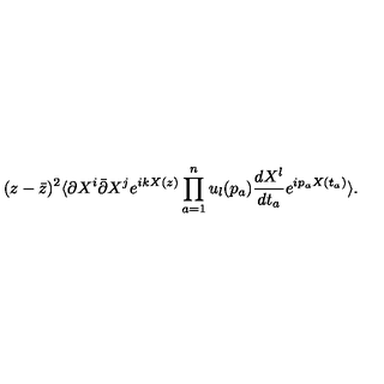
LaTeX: ( z - \bar { z } ) ^ { 2 } \langle \partial X ^ { i } \bar { \partial } X ^ { j } e ^ { i k X ( z ) } \prod _ { a = 1 } ^ { n } u _ { l } ( p _ { a } ) \frac { d X ^ { l } } { d t _ { a } } e ^ { i p _ { a } X ( t _ { a } ) } \rangle .